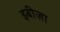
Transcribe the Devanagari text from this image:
इबीज़ा